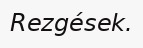
Rezgések.